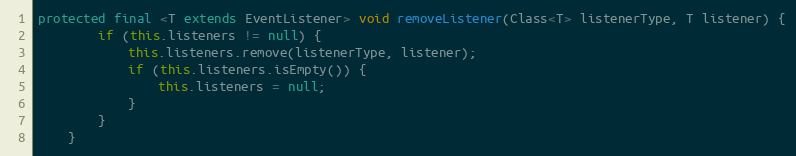
Language: Java
protected final <T extends EventListener> void removeListener(Class<T> listenerType, T listener) {
		if (this.listeners != null) {
			this.listeners.remove(listenerType, listener);
			if (this.listeners.isEmpty()) {
				this.listeners = null;
			}
		}
	}